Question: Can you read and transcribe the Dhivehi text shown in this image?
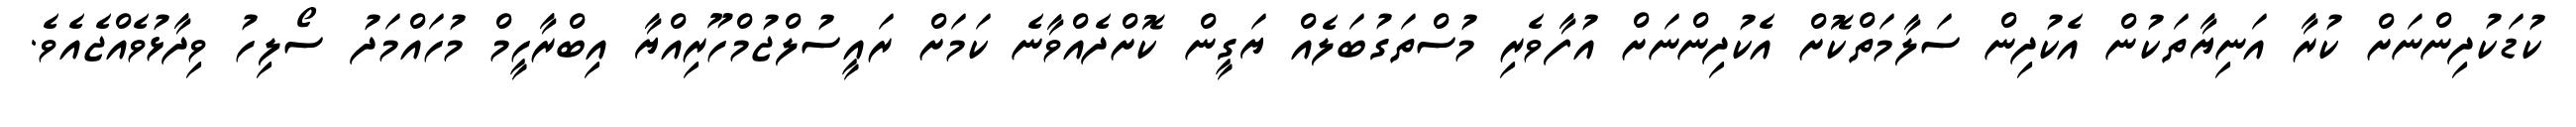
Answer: ކުޑަކުދިންނަށް ކުރާ އަނިޔާތަކުން އެކުދިން ސަލާމަތްކޮށް އެކުދިންނަށް އުފާވެރި މުސްތަގުބަލެއް ޔަގީން ކޮށްދެއްވާނެ ކަމަށް ރައީސުލްޖުމްހޫރިއްޔާ އިބްރާހީމް މުހައްމަދު ސޯލިހު ވިދާޅުވެއްޖެއެވެ.